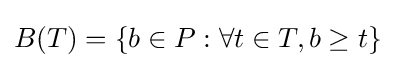
B(T)=\{b\in P:\forall t\in T,b\geq t\}